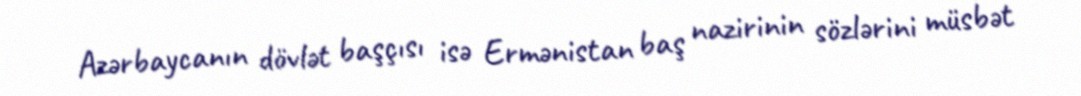
Azərbaycanın dövlət başçısı isə Ermənistan baş nazirinin sözlərini müsbət